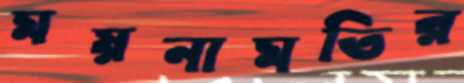
ময়নামতির